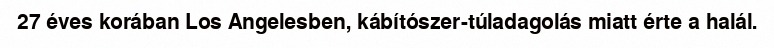
27 éves korában Los Angelesben, kábítószer-túladagolás miatt érte a halál.